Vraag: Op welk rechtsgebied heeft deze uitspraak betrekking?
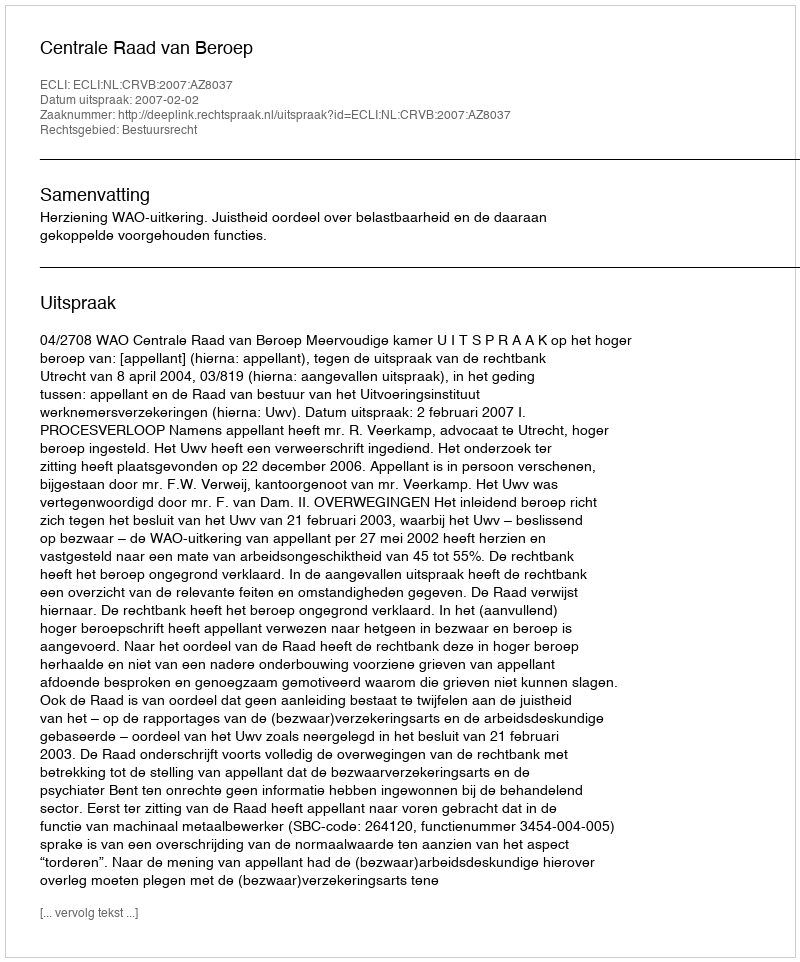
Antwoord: Bestuursrecht